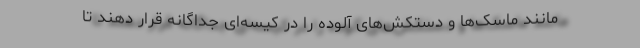
مانند ماسک‌ها و دستکش‌های آلوده را در کیسه‌ای جداگانه قرار دهند تا